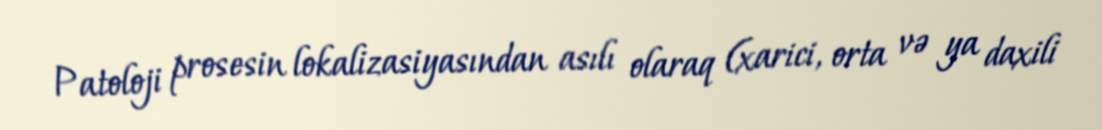
Patoloji prosesin lokalizasiyasından asılı olaraq (xarici, orta və ya daxili